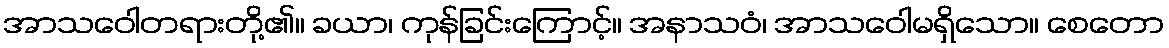
အာသဝေါတရားတို့၏။ ခယာ၊ ကုန်ခြင်းကြောင့်။ အနာသဝံ၊ အာသဝေါမရှိသော။ စေတော